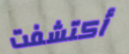
أكتشفت